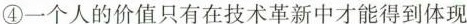
④一个人的价值只有在技术革新中才能得到体现